Papers set at the Examination for Leaving Certificates, 1893
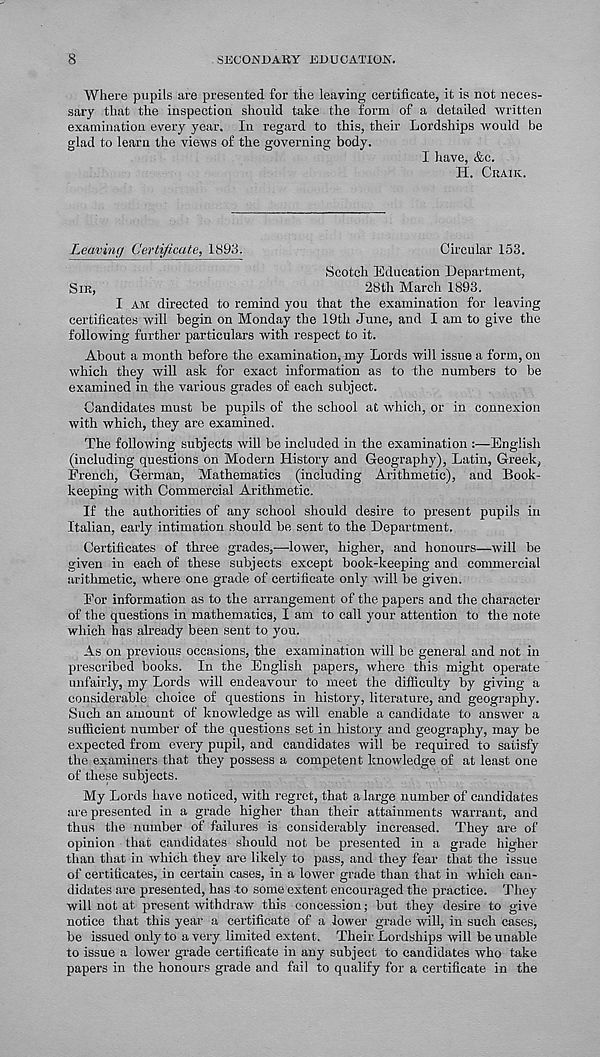
8
SECONDARY EDUCATION.
Where pupils are preseuted for the leaving certificate, it is not neces-
sary that the inspection should take the form of a detailed written
examination every year. In regard to this, their Lordships would be
glad to learn the views of the governing body.
I have, &c.
H. CRAIK.
Leaving Certificate, 1893.
Circular 153.
Scotch Education Department,
SIR,
28th March 1893.
I AM directed to remind you that the examination for leaving
certificates will begin on Monday the 19th June, and I am to give the
following further particulars with respect to it.
About a month before the examination, my Lords will issue a form, on
which they will ask for exact information as to the numbers to be
examined in the various grades of each subject.
Candidates must be pupils of the school at which, or in connexion
with which, they are examined.
The following subjects will be included in the examination :—English
(including questions on Modern History and Geography), Latin, Greek,
French, German, Mathematics (including Arithmetic), and Book-
keeping with Commercial Arithmetic.
If the authorities of any school should desire to present pupils in
Italian, early intimation should be sent to the Department.
Certificates of three grades,—lower, higher, and honours—will be
given in each of these subjects except book-keeping and commercial
arithmetic, where one grade of certificate only will be given.
For information as to the arrangement of the papers and the character
of the questions in mathematics, I am to call your attention to the note
which has already been sent to you.
As on previous occasions, the examination will be general and not in
prescribed books. In the English papers, where this might operate
unfairly, my Lords will endeavour to meet the difficulty by giving a
considerable choice of questions in history, literature, and geography.
Such an amount of knowledge as will enable a candidate to answer a
sufficient number of the questions set in history and geography, may be
expected from every pupil, and candidates will be required to satisfy
the examiners that they possess a competent knowledge of at least one
of these subjects.
My Lords have noticed, with regret, that a large number of candidates
are presented in a grade higher than their attainments warrant, and
thus the number of failures is considerably increased. They are of
opinion that candidates should not be presented in a grade higher
than that in which they are likely to pass, and they fear that the issue
of certificates, in certain cases, in a lower grade than that in which can-
didates are presented, has to some extent encouraged the practice. They
will not at present withdraw this concession; but they desire to give
notice that this year a certificate of a lower grade will, in such cases,
be issued only to a very limited extent. Their Lordships will be unable
to issue a lower grade certificate in any subject to candidates who take
papers in the honours grade and fail to qualify for a certificate in the